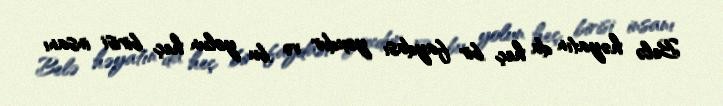
Belə həyatın da heç bir faydası yoxdur və bu yolun heç birisi insanı